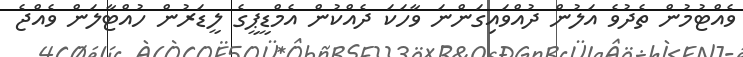
ވެއްޓުމުން ތެދުވެ އަލުން ދުއްވައިގަންނަ ވާހަކަ ދެއްކުން އެމްޑީޕީގެ ލީޑަރުން ހުއްޓާލަން ވެއްޖެ